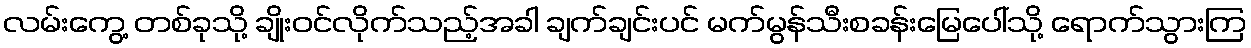
လမ်းကွေ့ တစ်ခုသို့ ချိုးဝင်လိုက်သည့်အခါ ချက်ချင်းပင် မက်မွန်သီးစခန်းမြေပေါ်သို့ ရောက်သွားကြ